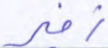
زفير